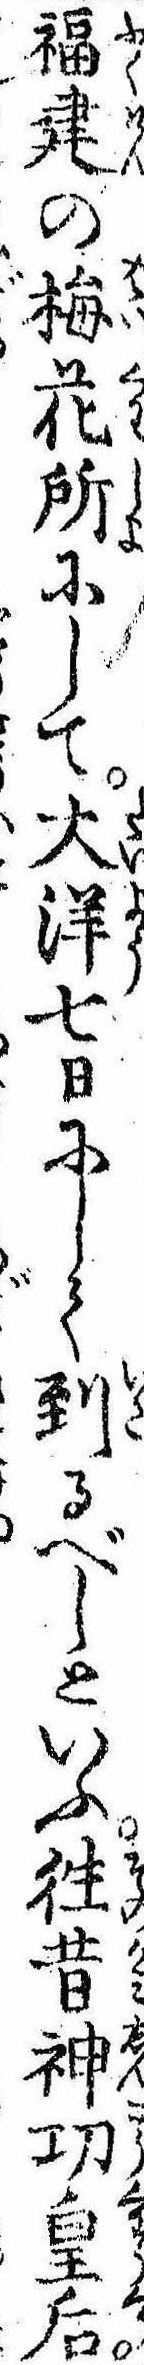
福建の梅花所にして大洋七日にして到るべしといふ往昔神㓛皇后